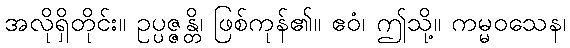
အလိုရှိတိုင်း။ ဥပ္ပဇ္ဇန္တိ၊ ဖြစ်ကုန်၏။ ဧဝံ၊ ဤသို့။ ကမ္မဝသေန၊